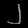
Digit: ၂